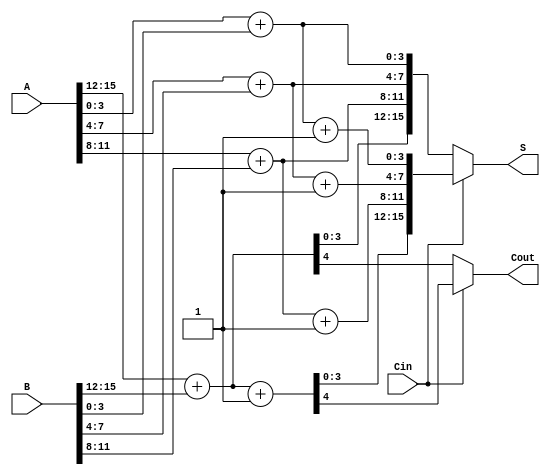
module CarrySelectAdder #(parameter N = 16, parameter BLOCK_SIZE = 4) (
    input  [N-1:0] A,       // First n-bit input
    input  [N-1:0] B,       // Second n-bit input
    input  Cin,             // Carry-in
    output [N-1:0] S,       // Sum output
    output Cout             // Carry-out
);

    // Number of blocks
    localparam NUM_BLOCKS = N / BLOCK_SIZE;

    // Internal signals for carry and sum
    wire [N-1:0] S0, S1;             // Sums when Cin=0 and Cin=1
    wire [NUM_BLOCKS:0] C0, C1;      // Carry-out signals (Cin=0 and Cin=1)

    // Generate the blocks
    genvar i;
    generate
        for (i = 0; i < NUM_BLOCKS; i = i + 1) begin : blocks
            wire [BLOCK_SIZE-1:0] A_block = A[(i+1)*BLOCK_SIZE-1:i*BLOCK_SIZE];
            wire [BLOCK_SIZE-1:0] B_block = B[(i+1)*BLOCK_SIZE-1:i*BLOCK_SIZE];
            wire Cin_block = (i == 0) ? Cin : C0[i-1];

            // Full adders for S0 (when Cin = 0)
            wire [BLOCK_SIZE-1:0] S0_block;
            wire C0_block;
            assign {C0_block, S0_block} = A_block + B_block;

            // Full adders for S1 (when Cin = 1)
            wire [BLOCK_SIZE-1:0] S1_block;
            wire C1_block;
            assign {C1_block, S1_block} = A_block + B_block + 1'b1;

            // Assign to the sums and carry outputs
            assign S0[(i+1)*BLOCK_SIZE-1:i*BLOCK_SIZE] = S0_block;
            assign S1[(i+1)*BLOCK_SIZE-1:i*BLOCK_SIZE] = S1_block;
            assign C0[i] = C0_block;
            assign C1[i] = C1_block;
        end
    endgenerate

    // MUX to select the final sum and carry-out
    assign S = Cin ? S1 : S0;
    assign Cout = Cin ? C1[NUM_BLOCKS-1] : C0[NUM_BLOCKS-1];

endmodule